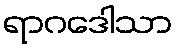
ရာဂဒေါသာ